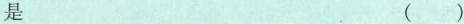
是 ( )